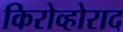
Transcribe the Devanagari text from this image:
किरोव्होराद